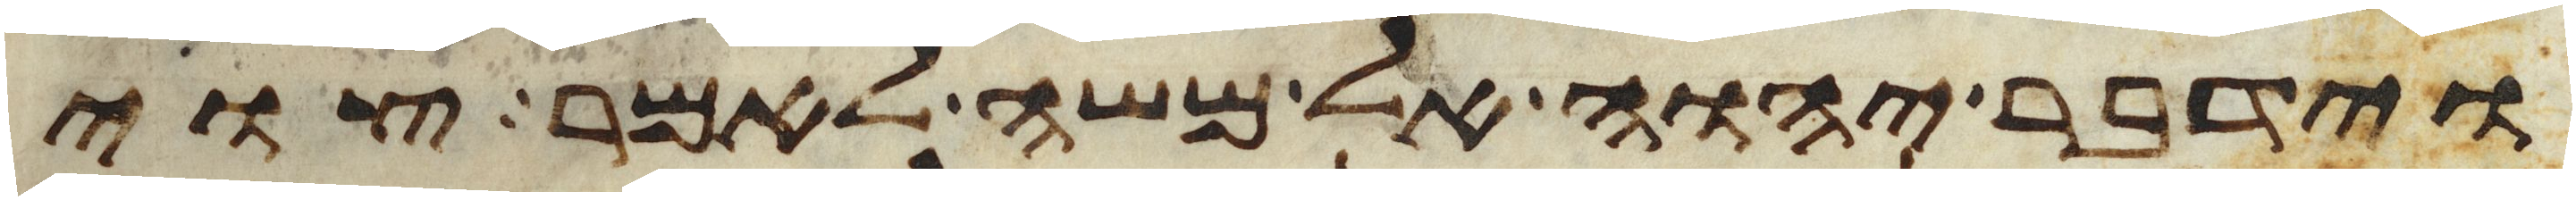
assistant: וידבר יהוה אל משה לאמר צוי